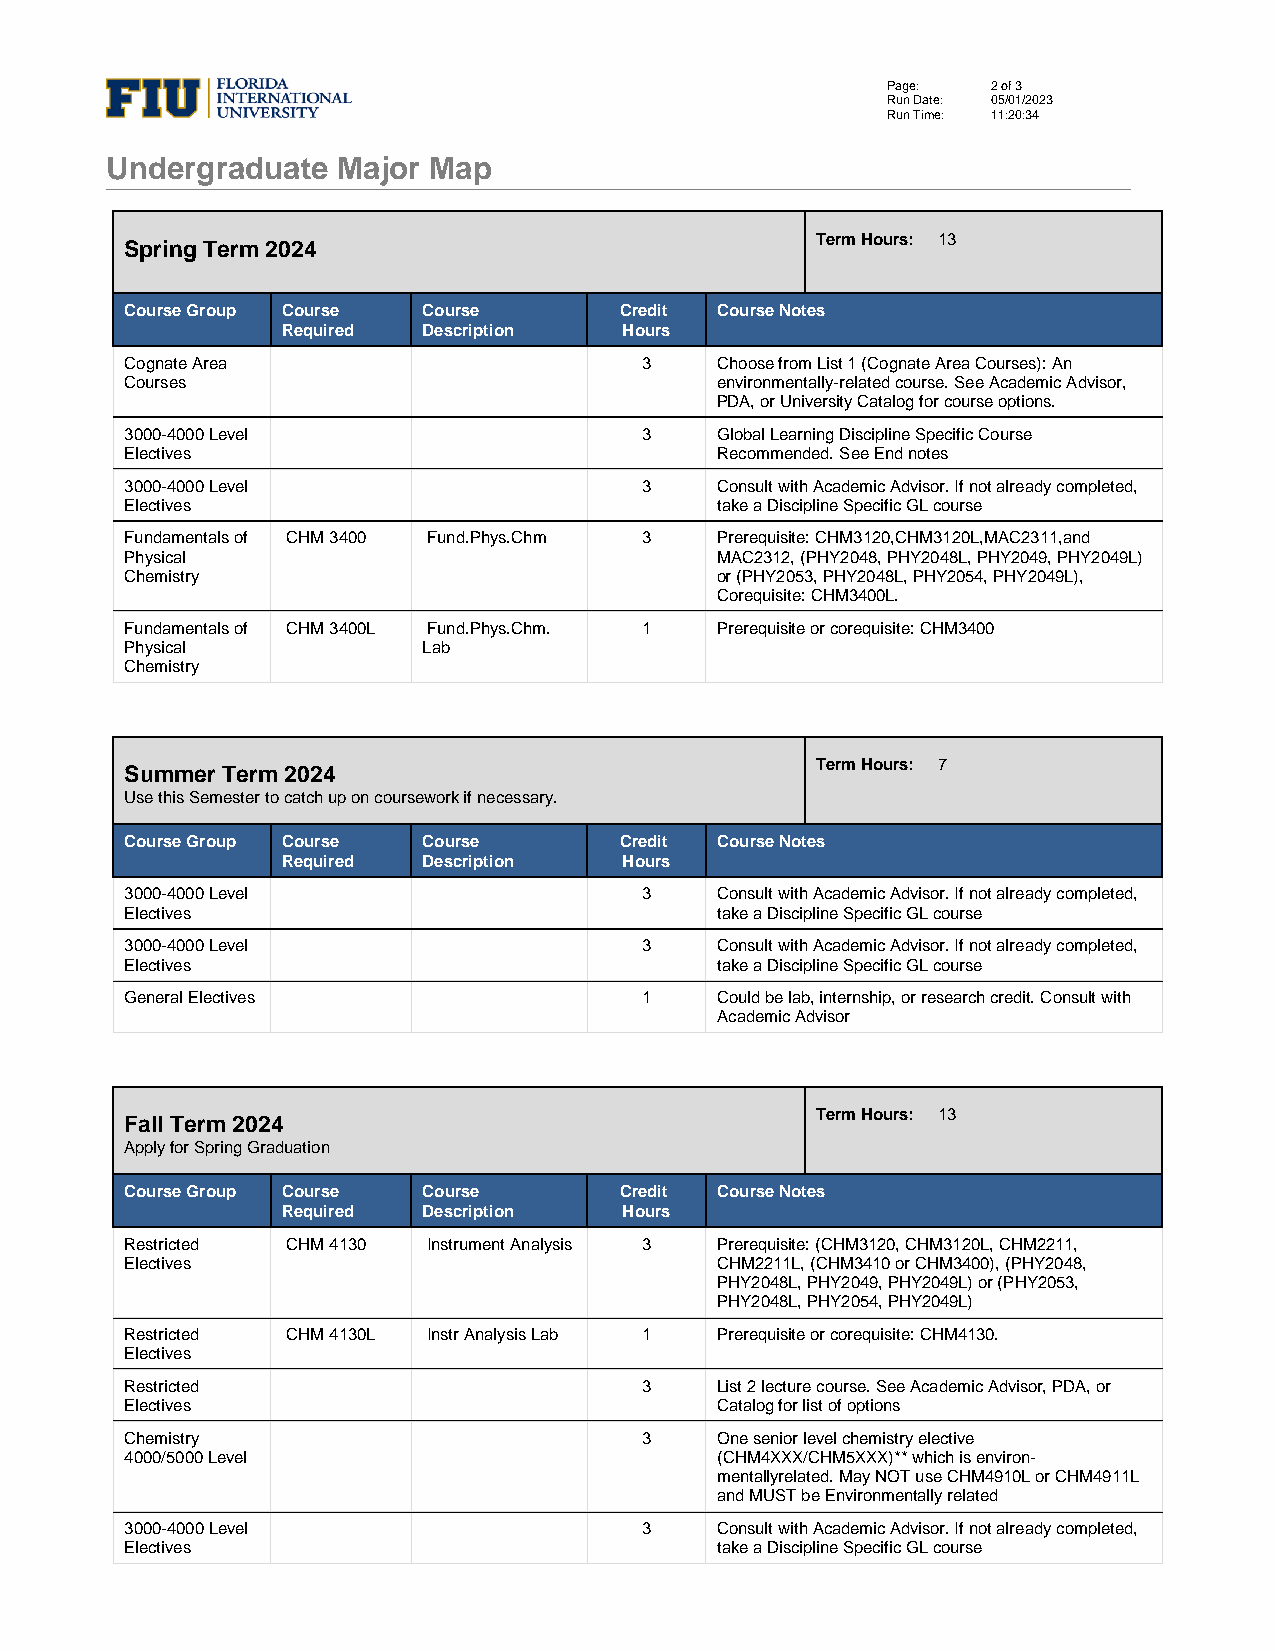
Page:  2 of 3
 Run Date: 05/01/2023
 Run Time: 11:20:34
 Undergraduate  Major Map
 Term Hours: 13
 Spring Term 2024
 Course Group Course Course       Credit Course Notes
 Required Description  Hours
 Cognate Area                       3   Choose from List 1 (Cognate Area Courses): An
 Courses                                environmentally-related course. See Academic Advisor,
 PDA, or University Catalog for course options.
 3000-4000 Level                    3   Global Learning Discipline Specific Course
 Electives                              Recommended. See End notes
 3000-4000 Level                    3   Consult with Academic Advisor. If not already completed,
 Electives                              take a Discipline Specific GL course
 Fundamentals of CHM 3400 Fund.Phys.Chm 3 Prerequisite: CHM3120,CHM3120L,MAC2311,and
 Physical                               MAC2312, (PHY2048, PHY2048L, PHY2049, PHY2049L)
 Chemistry                              or (PHY2053, PHY2048L, PHY2054, PHY2049L),
 Corequisite: CHM3400L.
 Fundamentals of CHM 3400L Fund.Phys.Chm. 1 Prerequisite or corequisite: CHM3400
 Physical            Lab
 Chemistry
 Term Hours: 7
 Summer Term 2024
 Use this Semester to catch up on coursework if necessary.
 Course Group Course Course       Credit Course Notes
 Required Description  Hours
 3000-4000 Level                    3   Consult with Academic Advisor. If not already completed,
 Electives                              take a Discipline Specific GL course
 3000-4000 Level                    3   Consult with Academic Advisor. If not already completed,
 Electives                              take a Discipline Specific GL course
 General Electives                  1   Could be lab, internship, or research credit. Consult with
 Academic Advisor
 Term Hours: 13
 Fall Term 2024
 Apply for Spring Graduation
 Course Group Course Course       Credit Course Notes
 Required Description  Hours
 Restricted CHM 4130 Instrument Analysis 3 Prerequisite: (CHM3120, CHM3120L, CHM2211,
 Electives                              CHM2211L, (CHM3410 or CHM3400), (PHY2048,
 PHY2048L, PHY2049, PHY2049L) or (PHY2053,
 PHY2048L, PHY2054, PHY2049L)
 Restricted CHM 4130L Instr Analysis Lab 1 Prerequisite or corequisite: CHM4130.
 Electives
 Restricted                         3   List 2 lecture course. See Academic Advisor, PDA, or
 Electives                              Catalog for list of options
 Chemistry                          3   One senior level chemistry elective
 4000/5000 Level                        (CHM4XXX/CHM5XXX)** which is environ-
 mentallyrelated. May NOT use CHM4910L or CHM4911L
 and MUST be Environmentally related
 3000-4000 Level                    3   Consult with Academic Advisor. If not already completed,
 Electives                              take a Discipline Specific GL course